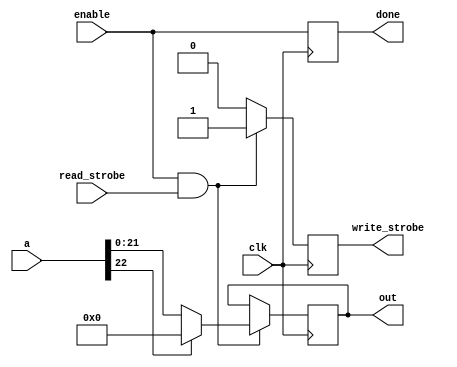
// This program was cloned from: https://github.com/ilaydayaman/CNN_for_SLR
// License: BSD 2-Clause "Simplified" License

`timescale 1ns / 1ps

module RELU1(
input [22:0] a,
input clk,
input enable,
input read_strobe,
output reg [21:0] out,
output reg write_strobe,
output reg done
    );

always@(posedge clk) begin
    done <= enable;
  if (enable && read_strobe) begin
    if (a[22] == 1) begin
      out <= 0;
      write_strobe <= 1;
    end
    else begin
      out <= a[21:0];
      write_strobe <= 1;
    end
  end else write_strobe <= 0;
end
endmodule